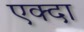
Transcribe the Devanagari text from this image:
एक्दा